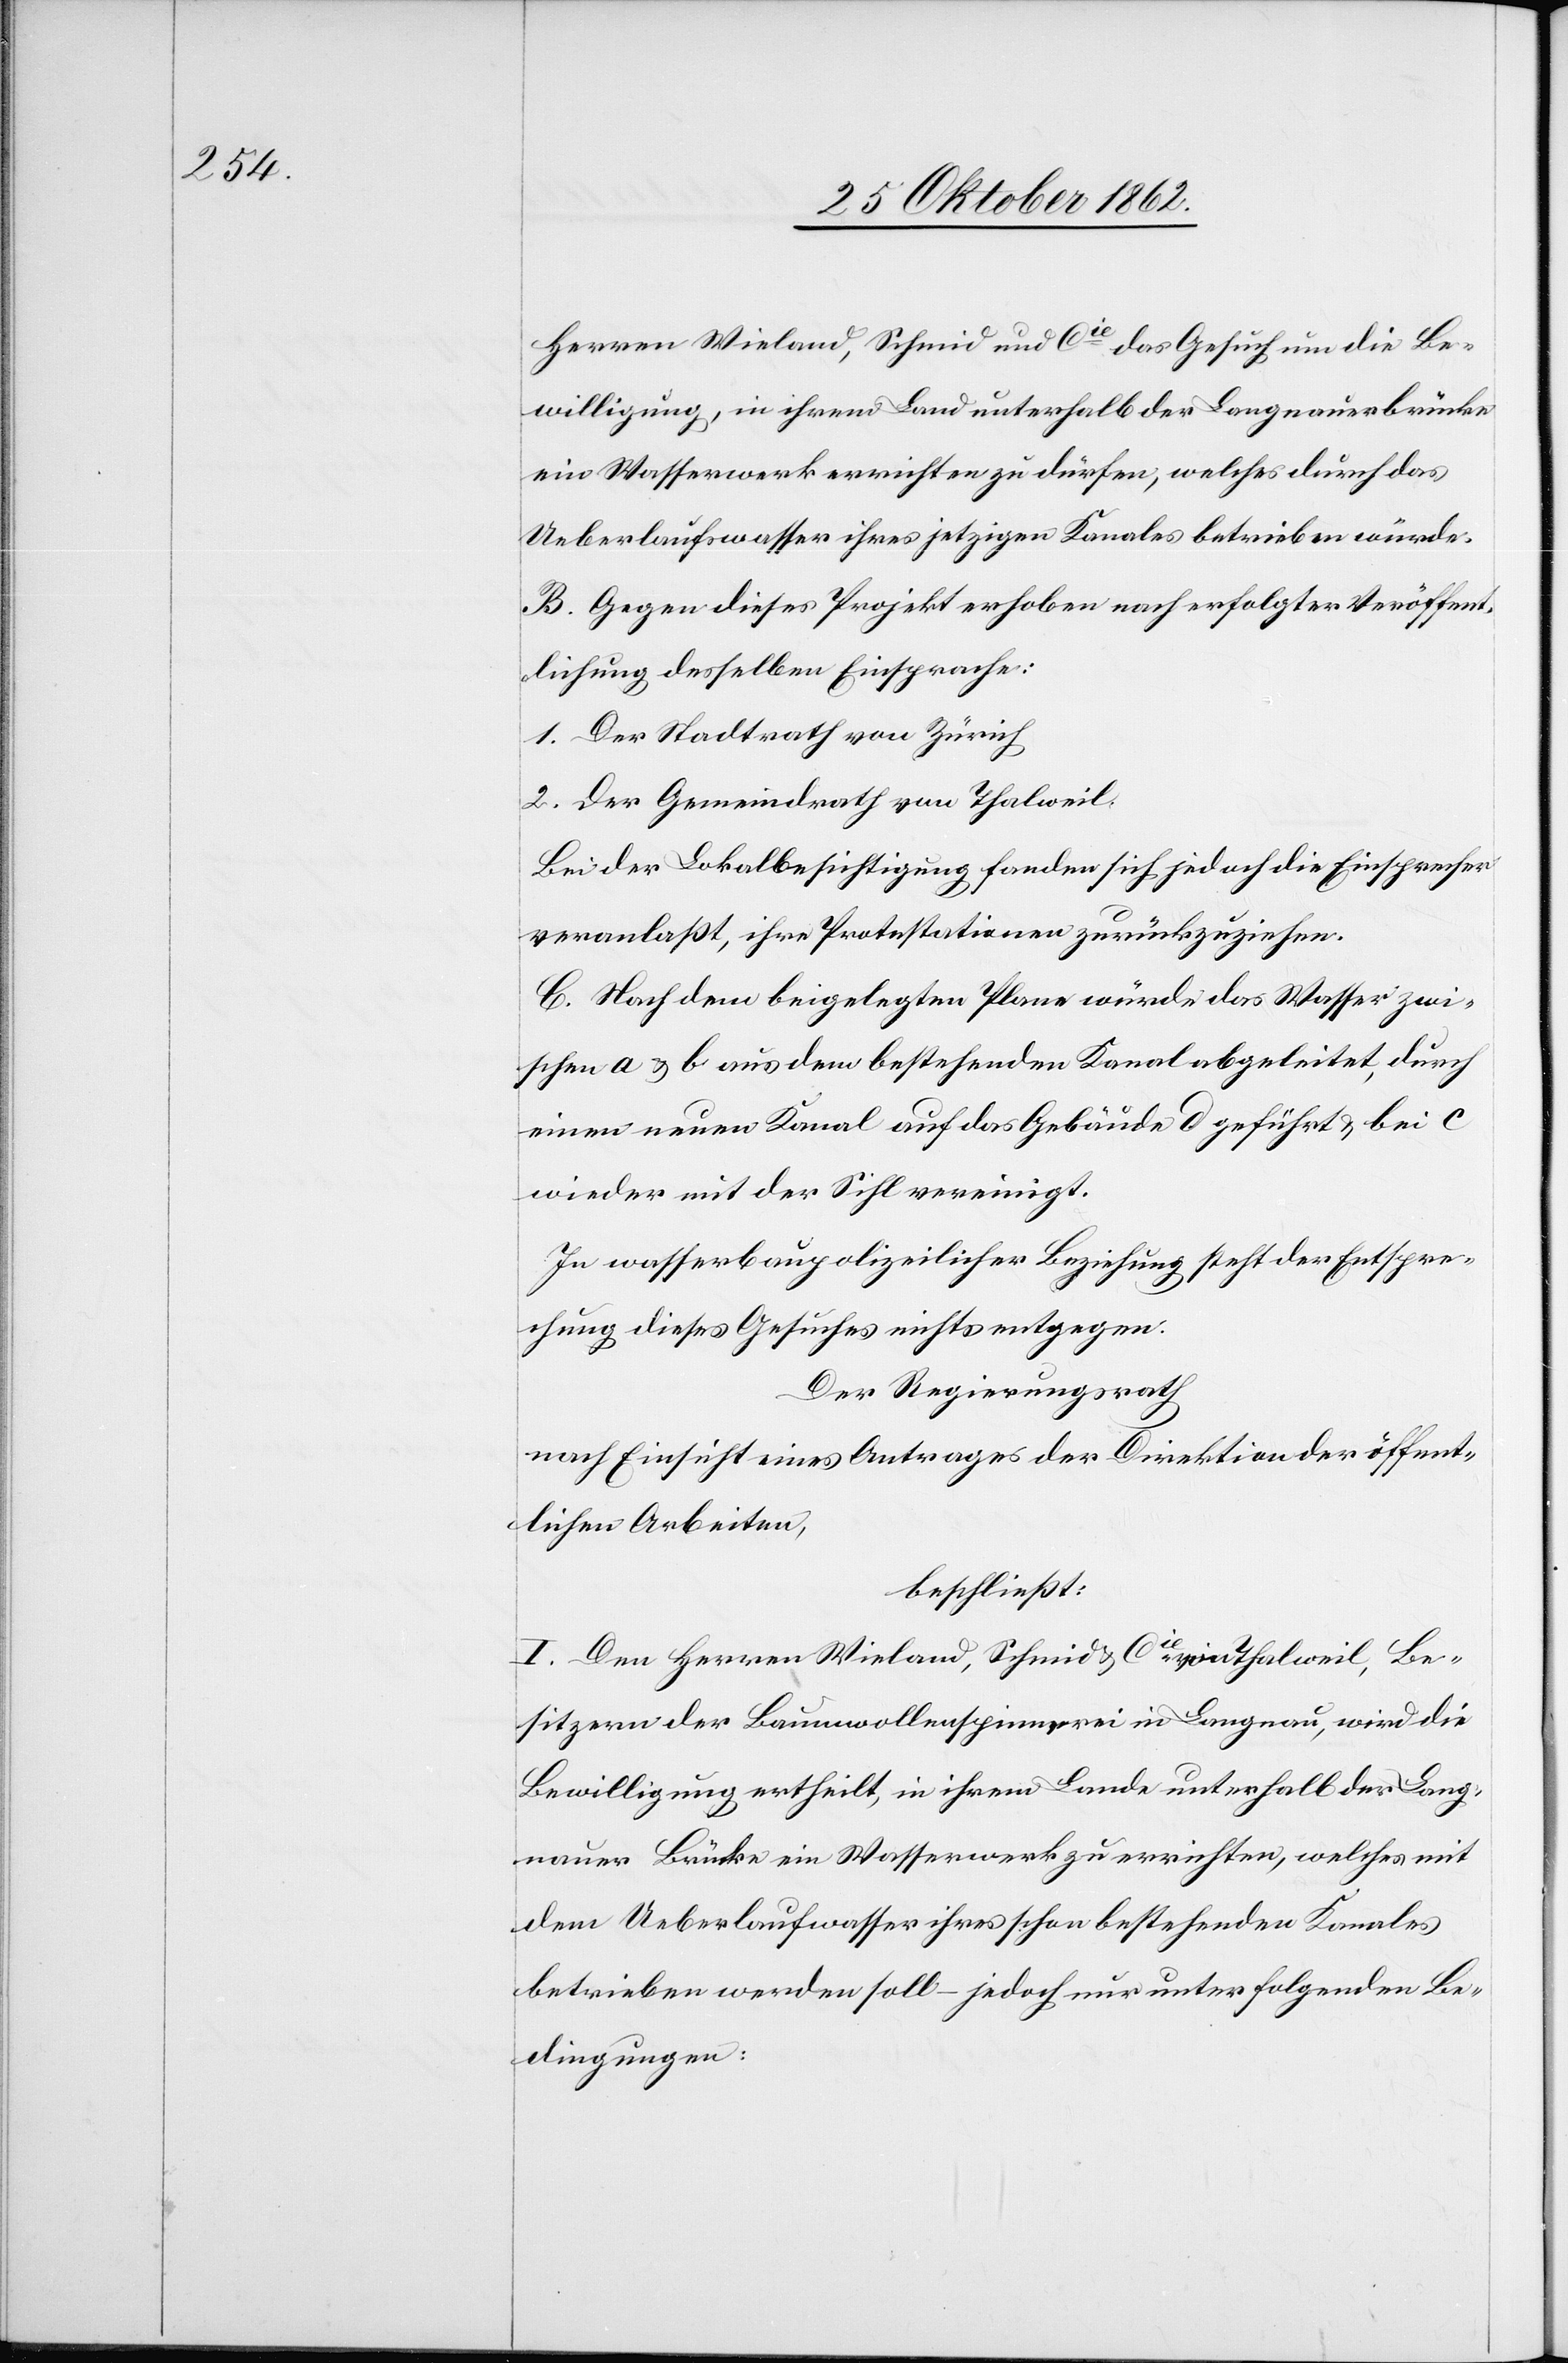
Herren Wieland, Schmid und Cie das Gesuch um die Be¬
willigung, in ihrem Land unterhalb der Langnauerbrücke
ein Wasserwerk errichten zu dürfen, welches durch das
Ueberlaufswasser ihres jetzigen Kanales betrieben würde.
B. Gegen dieses Projekt erhoben nach erfolgter Veröffent¬
lichung desselben Einsprache:
1. Der Stadtrath von Zürich
2. Der Gemeindrath von Thalweil
Bei der Lokalbesichtigung fanden sich jedoch die Einsprecher
veranlaßt, ihre Protestationen zurückzuziehen.
C. Nach dem beigelegten Plane würde das Wasser zwi¬
schen a u. b aus dem bestehenden Kanal abgeleitet, durch
einen neuen Kanal auf das Gebäude d geführt u. bei c
wieder mit der Sihl vereinigt.
In wasserbaupolizeilicher Beziehung steht der Entspre¬
chung dieses Gesuches nichts entgegen.
Der Regierungsrath
nach Einsicht eines Antrages der Direktion der öffent¬
lichen Arbeiten,
beschließt:
I. Den Herren Wieland, Schmid u. Cie von Thalweil, Be¬
sitzern der Baumwollenspinnerei in Langnau, wird die
Bewilligung ertheilt, in ihrem Lande unterhalb der Lang¬
nauer Brücke ein Wasserwerk zu errichten, welches mit
dem Ueberlaufwasser ihres schon bestehenden Kanales
betrieben werden soll – jedoch nur unter folgenden Be¬
dingungen: